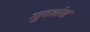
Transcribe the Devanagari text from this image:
गुरअंश